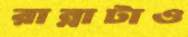
রান্নাটাও